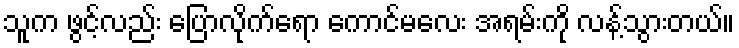
သူက ဖွင့်လည်း ပြောလိုက်ရော ကောင်မလေး အရမ်းကို လန့်သွားတယ်။